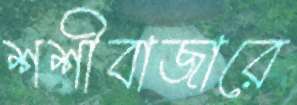
শশীবাজারে